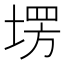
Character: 塄